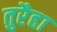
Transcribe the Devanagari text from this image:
तुरैहा